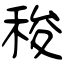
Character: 稄